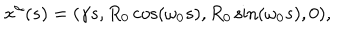
LaTeX: x ^ { \alpha } ( s ) = ( \gamma s , R _ { 0 } \cos ( \omega _ { 0 } s ) , R _ { 0 } \sin ( \omega _ { 0 } s ) , 0 ) ,